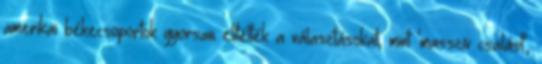
amerikai békecsoportok gyorsan elítélték a választásokat, mint 'masszív csalást',